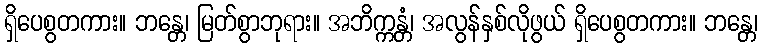
ရှိပေစွတကား။ ဘန္တေ၊ မြတ်စွာဘုရား။ အဘိက္ကန္တံ၊ အလွန်နှစ်လိုဖွယ် ရှိပေစွတကား။ ဘန္တေ၊